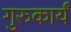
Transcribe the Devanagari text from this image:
गुरुकार्यं